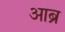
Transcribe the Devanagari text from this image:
आब्र